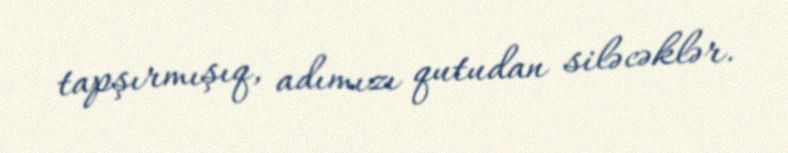
tapşırmışıq, adımızı qutudan siləcəklər.